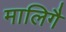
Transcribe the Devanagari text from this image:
मालिगै